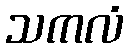
သကလံ